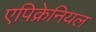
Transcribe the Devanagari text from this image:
एपिक्रेनियल